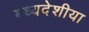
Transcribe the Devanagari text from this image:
मध्यदेशीया